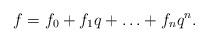
LaTeX: \begin{align*}f=f_0+f_1q+\ldots+f_nq^n.\end{align*}